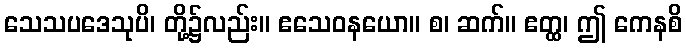
သေသပဒေသုပိ၊ တို့၌လည်း။ ဧသေဝနယော။ စ၊ ဆက်။ ဧတ္ထ၊ ဤ ကေနစိ